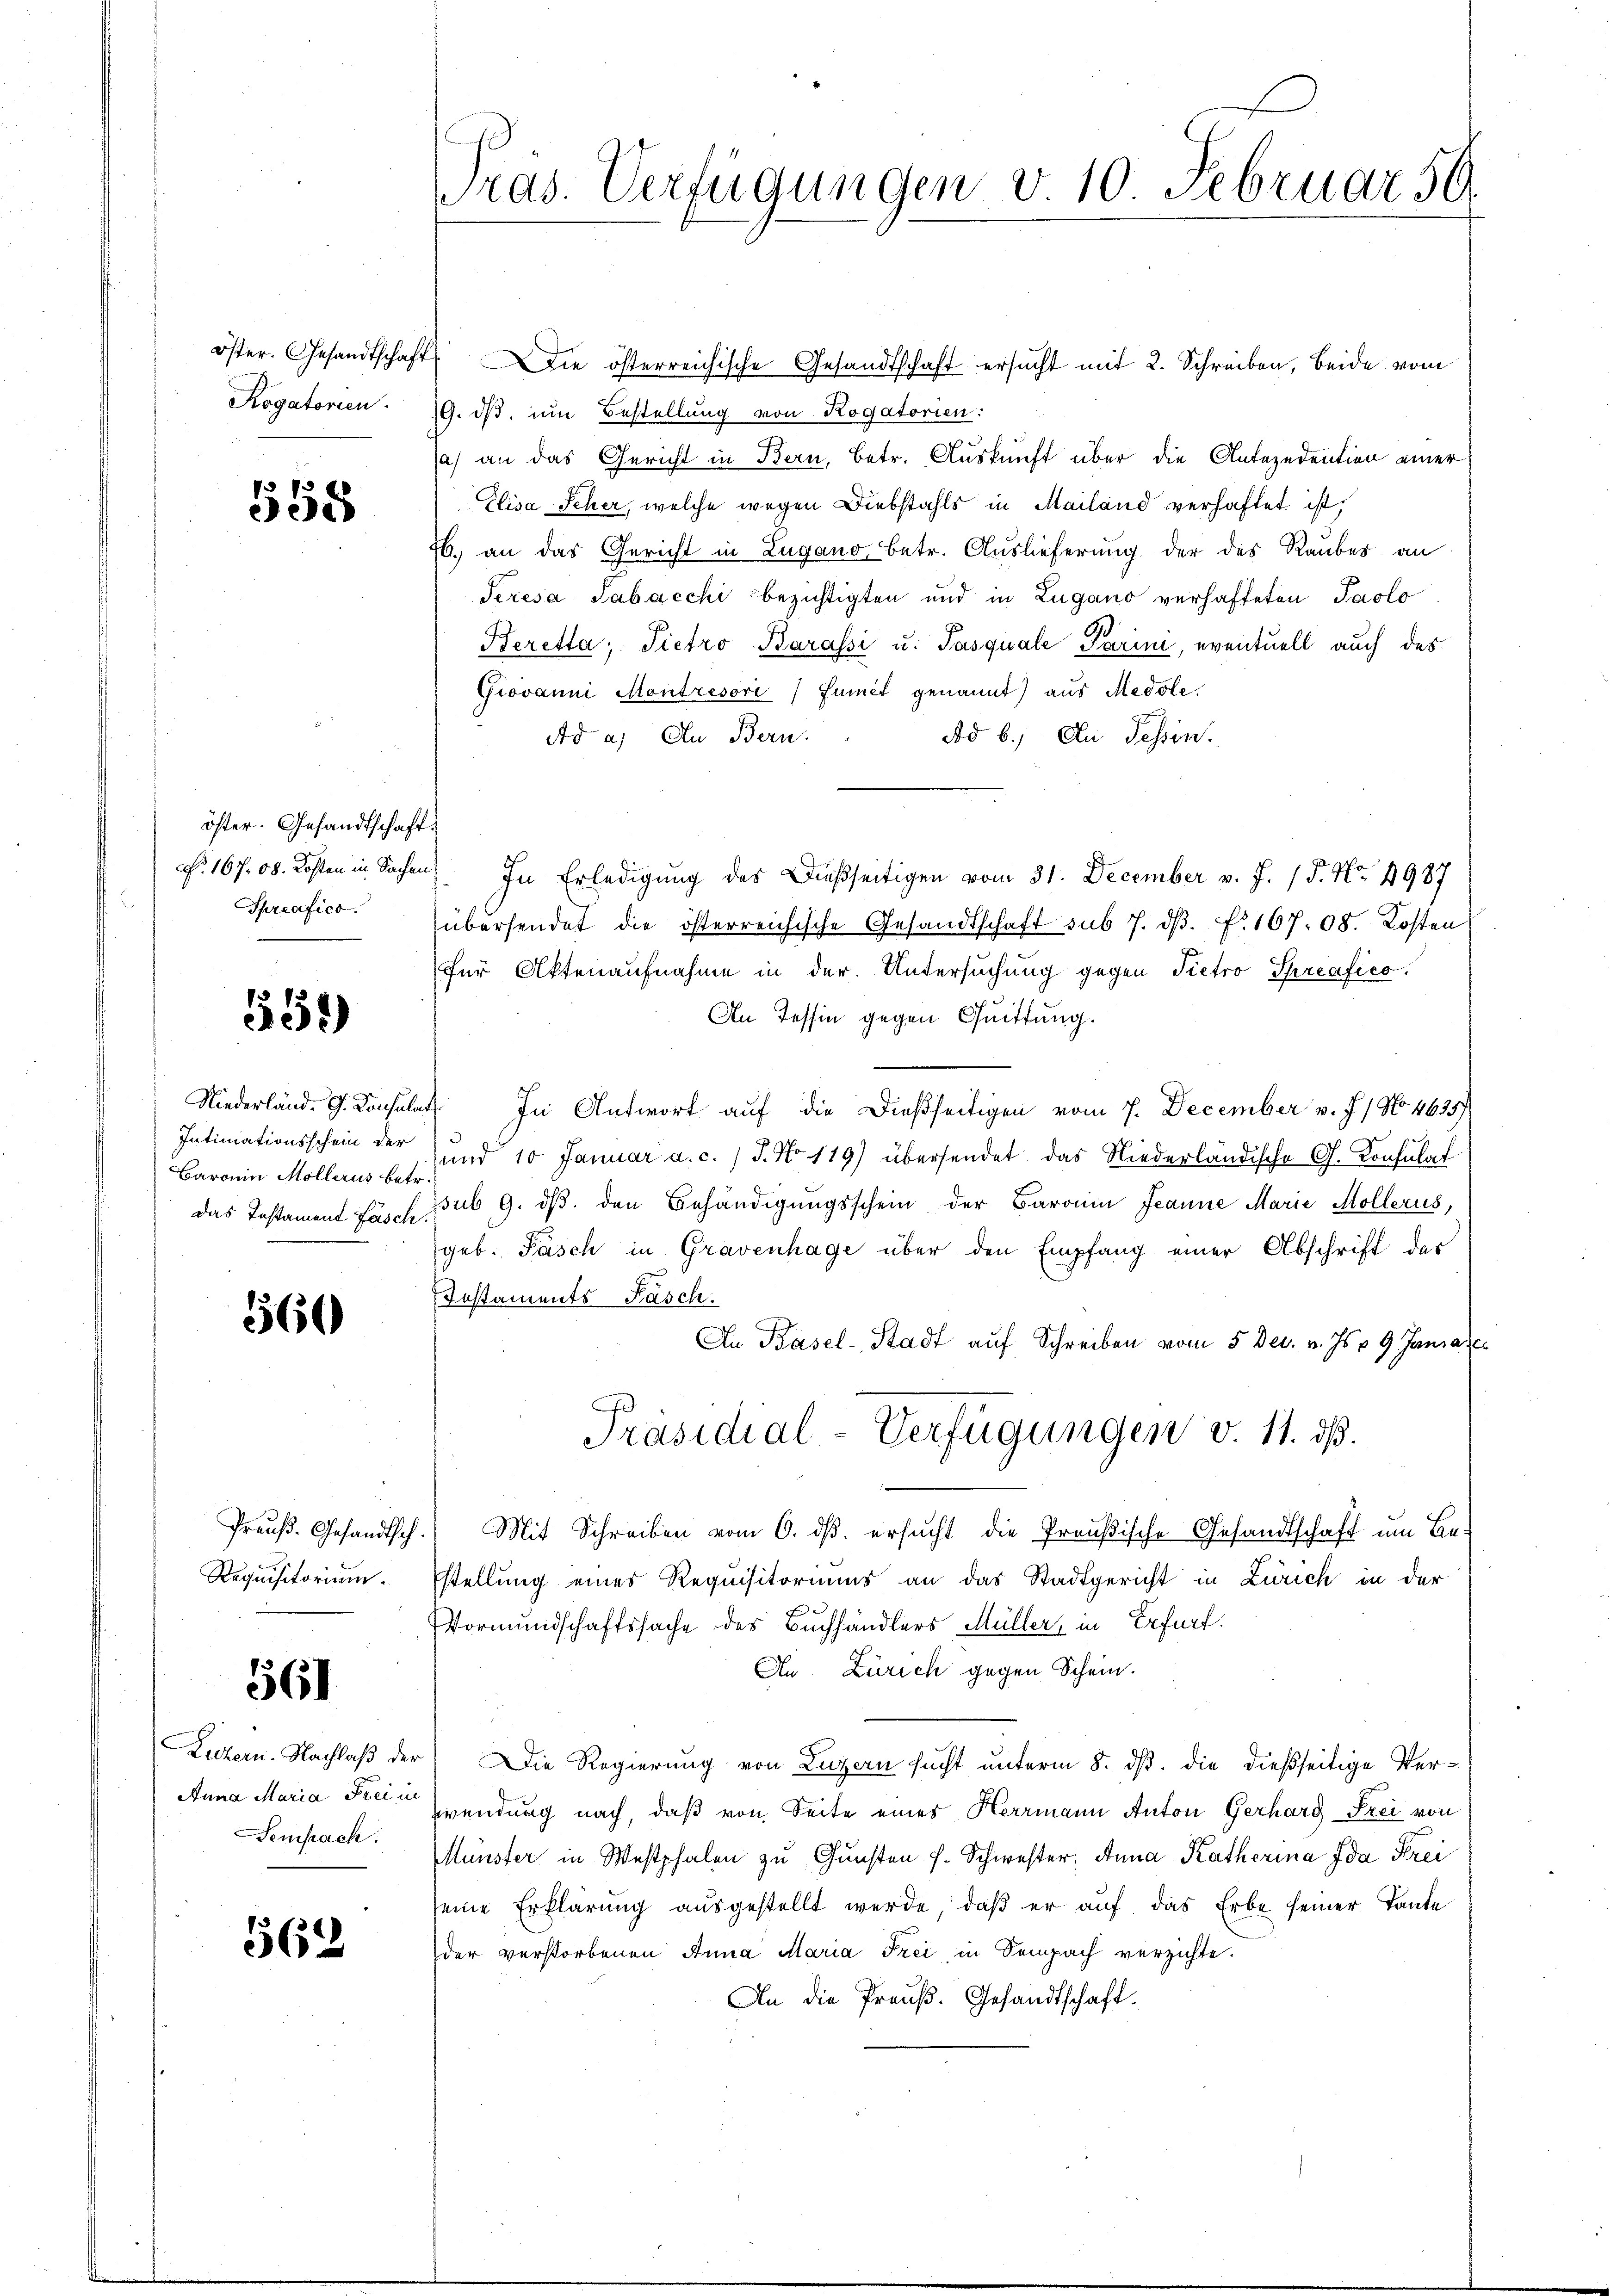
öster. Gesandtschaft
Rogatorien.

558

öster. Gesandtschaft.
Spreafico.

558)

Intimationsschein der
Baronin Mollerus betr.

560

Requisitorium.

561

Anna Maria Frei in
Sempach:

562

Pras. Verfügungen v 10 Februar 50.

Die österreichische Gesandtschaft ersucht mit 2. Schreiben, beide vom
19. dβ, um Bestellung von Rogatorien:
a) an das Gericht in Bern, Betr. Auskunft über die Antezedention einer
Elisa Scher, welche wegen Diebstahls in Mailand verhaftet ist,
6. an das Gericht in Lugano betr. Auslieferung der des Raubes an
Seresa Sabacchi bezichtigten und in Zugano verhafteten Paolo
Beretta, Pietro Barassi u. Pasquale Parini, eventuell auch des
Giovanni Montrésori / Funct genannt) aus Medole.
Ad b.) An Tessin.
Ad a) In Bern.
N. 167. 00. Kosten in Sachen In Erledigung des Dießseitigen vom 31. December v. J. 18. No 4987
übersendet die österreichische Gesandtschaft sub 7. dβ. f. 167. 08. Kosten
für Aktenaufnahme in der Untersuchung gegen Pietro Spreafico
An Tessin gegen Quittung.
Niederländ. G. Consulat. In Antwort auf die Dießseitigen vom 7. December v. J.) No 4635/
und 10 Januar a. c. / J. No 119) übersendet das Niederländische G. Konsulat
das Testament fast sub 9. dβ den Behändigŭngsschein der Baronin Jeanne Marie Möllerus,
geb. Pasch in Gravenhage über den Empfang einer Abschrift der
Instaments Fasch.
An Basel-Stadt aŭf Schreiben vom 5. Dec. v. Js. 9 Janiae
Präsidial-Verfügungen v. 11. ds.
Preŭβ- Gesandtsch. Mit Schreiben vom 6. dβ. ersŭcht die Preußische Gesandtschaft um Be-
stellung eines Requisitoriums an das Stadtgericht in Zürich in der
Vormundschaftssache des Buchhändlers Müller in Erfurt.
An. Zürich gegen Schein.
Luzern. Nachlaß der Die Regierung von Luzern sucht unterm 8. dß. die dießseitige Verzwendung nach, daß von Seite eines Herrmann Anton Gerhard Frei von
Münster in Westphalen zu Gunsten f. Schwester. Anna Katherina Ida Strei
seine Erklärung ausgestellt werde, daß er auf das Erbe seiner Tante
der verstorbenen Anna Maria Frei, in Sempach verzichte.
An die Preuß. Gesandtschaft.